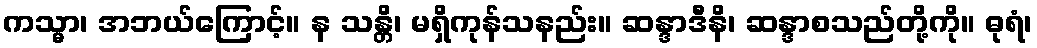
ကသ္မာ၊ အဘယ်ကြောင့်။ န သန္တိ၊ မရှိကုန်သနည်း။ ဆန္ဒာဒီနိ၊ ဆန္ဒာစသည်တို့ကို။ ဓုရံ၊